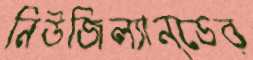
নিউজিল্যান্ডের